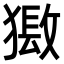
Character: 𤡏